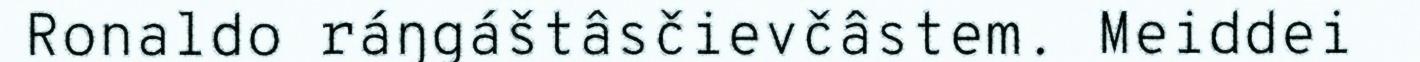
Ronaldo ráŋgáštâsčievčâstem. Meiddei